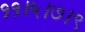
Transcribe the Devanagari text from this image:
११।५।७।९